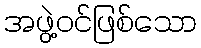
အဖွဲ့ဝင်ဖြစ်သော